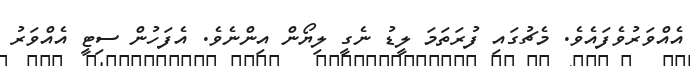
އެއްވަރުވެފައެވެ. މެޗުގައި ފުރަތަމަ ލީޑު ނެގީ ލިޔޯން އިންނެވެ. އެފަހުން ސިޓީ އެއްވަރު